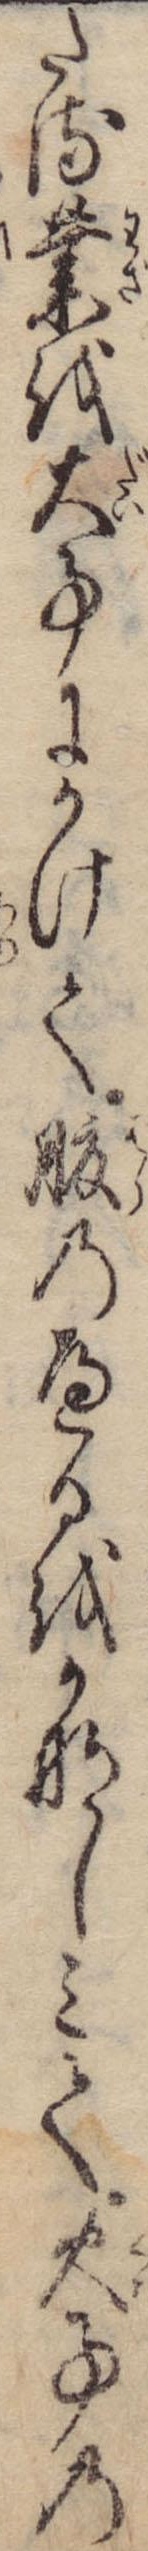
たる業を大事にかけて腹のへるをかなしみて火事の